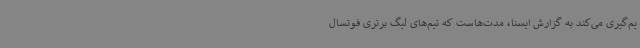
یم‌گیری می‌کند به گزارش ایسنا، مدت‌هاست که تیم‌های لیگ برتری فوتسال